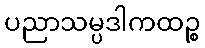
ပညာသမ္ပဒါကထဉ္စ